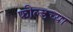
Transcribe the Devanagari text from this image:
फील्डच्या